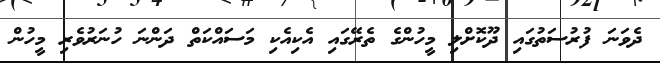
ދެވަނަ ފުރުސަތުގައި ދޫކޮށްލި މީހުންގެ ތެރޭގައި އެކިއެކި މަސައްކަތް ދަންނަ ހުނަރުވެރި މީހުން